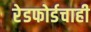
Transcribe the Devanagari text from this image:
रेडफोर्डचाही